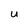
Character: U